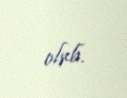
olub.